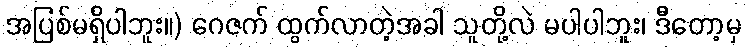
အပြစ်မရှိပါဘူး။) ဂေဇက် ထွက်လာတဲ့အခါ သူတို့လဲ မပါပါဘူး၊ ဒီတော့မှ